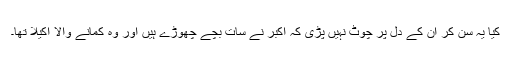
کیا یہ سن کر اُن کے دل پر چوٹ نہیں پڑی کہ اکبر نے سات بچے چھوڑے ہیں اور وہ کمانے والا اکیلا تھا۔